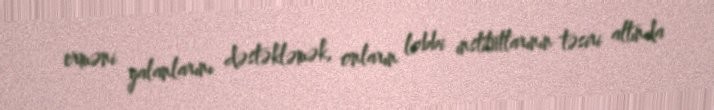
erməni yalanlarını dəstəkləmək, onların lobbi institutlarının təsiri altında